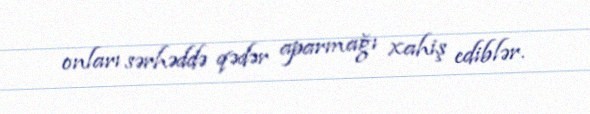
onları sərhəddə qədər aparmağı xahiş ediblər.